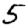
Digit: 5